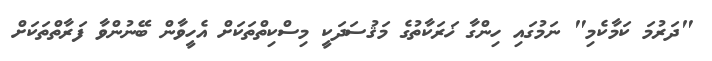
"ދަރުމަ ކަމާކެމި" ނަމުގައި ހިންގާ ޚަރަކާތުގެ މަޤުސަދަކީ މިސްކިތްތަކަށް އެހީވާން ބޭނުންވާ ފަރާތްތަކަށް